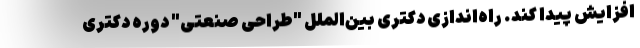
افزایش پیدا کند. راه‌اندازی دکتری بین‌الملل "طراحی صنعتی" دوره دکتری